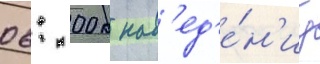
06: 00 к нав'ед'е́н'иу